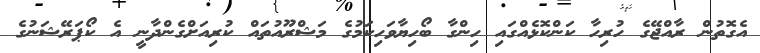
އެގޮތުން ރާއްޖޭގެ ހުރިހާ ކަންކޮޅެއްގައި ހިންގާ ބޯހިޔާވަހިކަމުގެ މަޝްރޫއުތައް ކުރިއަށްގެންދާނީ އެ ކޯޕަރޭޝަނުގެ